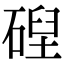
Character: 𥔄